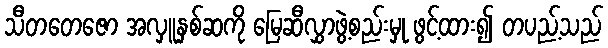
သီတတေဇော အလှူနှစ်ဆကို မြေဆီလွှာဖွဲ့စည်းမှု ဖွင့်ထား၍ တပည့်သည်